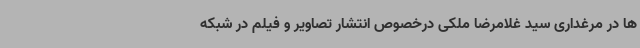
ها در مرغداری سید غلامرضا ملکی درخصوص انتشار تصاویر و فیلم در شبکه